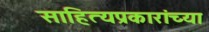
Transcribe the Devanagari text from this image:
साहित्यप्रकारांच्या